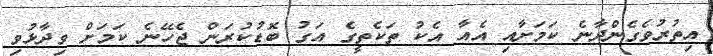
އިތުރުވެގެންދާނެ ކަމަށާއި އެއާ އެކު ތަކެތީގެ އަގު ބޮޑުކުރަން ޖެހޭނެ ކަމަށް ވިދާޅުވި